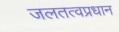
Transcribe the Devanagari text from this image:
जलतत्वप्रधान